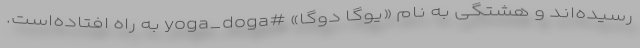
رسیده‌اند و هشتگی به نام «یوگا دوگا» #yoga_doga به راه افتاده‌است.